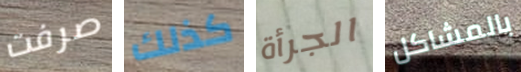
صرفت كذلك الجرأة بالمشاكل